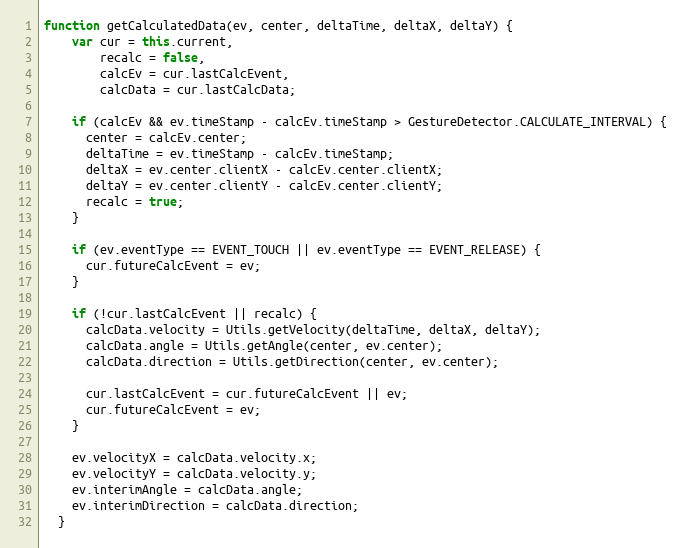
Language: JavaScript
function getCalculatedData(ev, center, deltaTime, deltaX, deltaY) {
    var cur = this.current,
        recalc = false,
        calcEv = cur.lastCalcEvent,
        calcData = cur.lastCalcData;

    if (calcEv && ev.timeStamp - calcEv.timeStamp > GestureDetector.CALCULATE_INTERVAL) {
      center = calcEv.center;
      deltaTime = ev.timeStamp - calcEv.timeStamp;
      deltaX = ev.center.clientX - calcEv.center.clientX;
      deltaY = ev.center.clientY - calcEv.center.clientY;
      recalc = true;
    }

    if (ev.eventType == EVENT_TOUCH || ev.eventType == EVENT_RELEASE) {
      cur.futureCalcEvent = ev;
    }

    if (!cur.lastCalcEvent || recalc) {
      calcData.velocity = Utils.getVelocity(deltaTime, deltaX, deltaY);
      calcData.angle = Utils.getAngle(center, ev.center);
      calcData.direction = Utils.getDirection(center, ev.center);

      cur.lastCalcEvent = cur.futureCalcEvent || ev;
      cur.futureCalcEvent = ev;
    }

    ev.velocityX = calcData.velocity.x;
    ev.velocityY = calcData.velocity.y;
    ev.interimAngle = calcData.angle;
    ev.interimDirection = calcData.direction;
  }